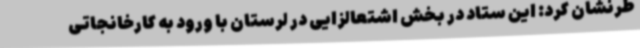
طرنشان کرد: این ستاد در بخش اشتعالزایی در لرستان با ورود به کارخانجاتی